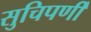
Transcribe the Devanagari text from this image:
सुचिपर्णी